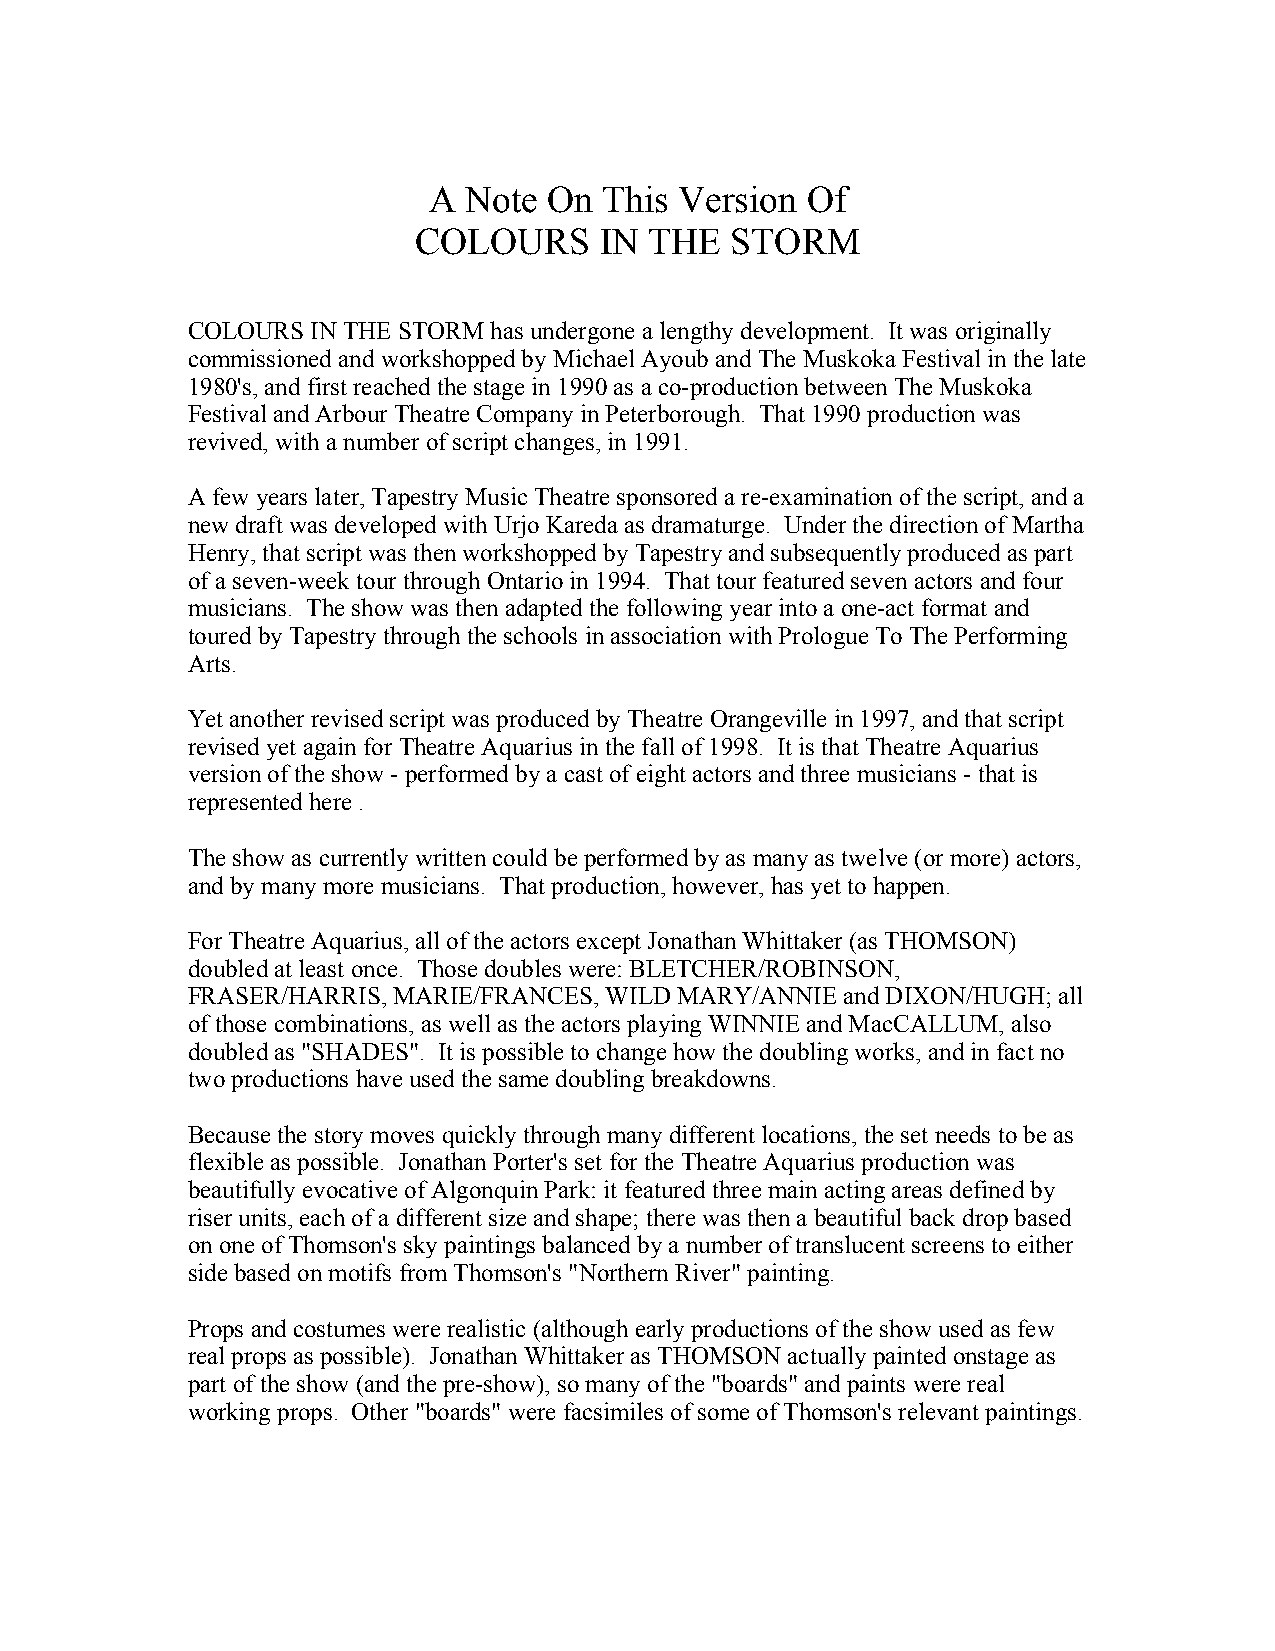
A  Note On  This Version Of
 COLOURS      IN THE  STORM
 COLOURS  IN THE STORM has undergone a lengthy development. It was originally
 commissioned and workshopped by Michael Ayoub and The Muskoka Festival in the late
 1980's, and first reached the stage in 1990 as a co-production between The Muskoka
 Festival and Arbour Theatre Company in Peterborough. That 1990 production was
 revived, with a number of script changes, in 1991.
 A few years later, Tapestry Music Theatre sponsored a re-examination of the script, and a
 new draft was developed with Urjo Kareda as dramaturge. Under the direction of Martha
 Henry, that script was then workshopped by Tapestry and subsequently produced as part
 of a seven-week tour through Ontario in 1994. That tour featured seven actors and four
 musicians. The show was then adapted the following year into a one-act format and
 toured by Tapestry through the schools in association with Prologue To The Performing
 Arts.
 Yet another revised script was produced by Theatre Orangeville in 1997, and that script
 revised yet again for Theatre Aquarius in the fall of 1998. It is that Theatre Aquarius
 version of the show - performed by a cast of eight actors and three musicians - that is
 represented here .
 The show as currently written could be performed by as many as twelve (or more) actors,
 and by many more musicians. That production, however, has yet to happen.
 For Theatre Aquarius, all of the actors except Jonathan Whittaker (as THOMSON)
 doubled at least once. Those doubles were: BLETCHER/ROBINSON,
 FRASER/HARRIS, MARIE/FRANCES, WILD MARY/ANNIE and DIXON/HUGH; all
 of those combinations, as well as the actors playing WINNIE and MacCALLUM, also
 doubled as "SHADES". It is possible to change how the doubling works, and in fact no
 two productions have used the same doubling breakdowns.
 Because the story moves quickly through many different locations, the set needs to be as
 flexible as possible. Jonathan Porter's set for the Theatre Aquarius production was
 beautifully evocative of Algonquin Park: it featured three main acting areas defined by
 riser units, each of a different size and shape; there was then a beautiful back drop based
 on one of Thomson's sky paintings balanced by a number of translucent screens to either
 side based on motifs from Thomson's "Northern River" painting.
 Props and costumes were realistic (although early productions of the show used as few
 real props as possible). Jonathan Whittaker as THOMSON actually painted onstage as
 part of the show (and the pre-show), so many of the "boards" and paints were real
 working props. Other "boards" were facsimiles of some of Thomson's relevant paintings.